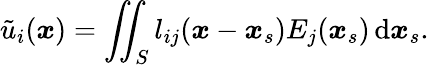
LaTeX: \tilde{{u}}_{i}(\boldsymbol{x})=\iint_{S}{l_{ij}(\boldsymbol{x}-\boldsymbol{x}_{s})E_{j}(\boldsymbol{x}_{s})}\, \mathrm{d}\boldsymbol{x}_{s}.